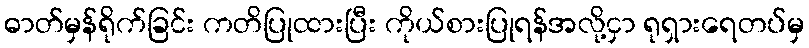
ဓာတ်မှန်ရိုက်ခြင်း ကတိပြုထားပြီး ကိုယ်စားပြုရန်အလို့ငှာ ရုရှားရေတပ်မှ